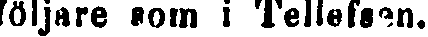
följare som i Tellefsen.